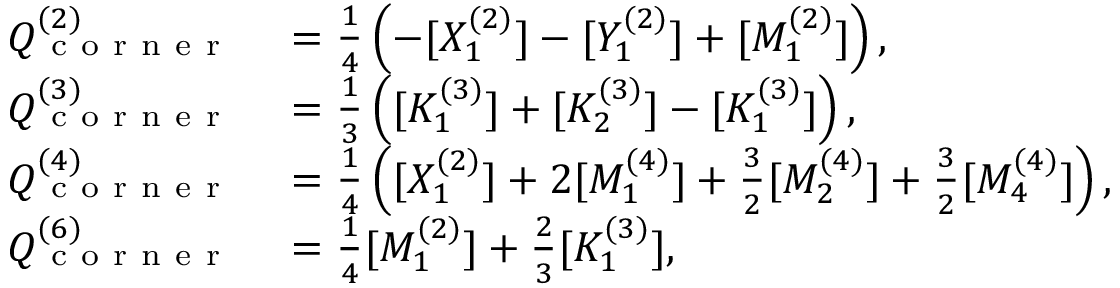
\begin{array} { r l } { Q _ { \mathrm { ~ c ~ o ~ r ~ n ~ e ~ r ~ } } ^ { ( 2 ) } } & { { } = \frac { 1 } { 4 } \left( - [ X _ { 1 } ^ { ( 2 ) } ] - [ Y _ { 1 } ^ { ( 2 ) } ] + [ M _ { 1 } ^ { ( 2 ) } ] \right) , } \\ { Q _ { \mathrm { ~ c ~ o ~ r ~ n ~ e ~ r ~ } } ^ { ( 3 ) } } & { { } = \frac { 1 } { 3 } \left( [ K _ { 1 } ^ { ( 3 ) } ] + [ K _ { 2 } ^ { ( 3 ) } ] - [ K _ { 1 } ^ { ( 3 ) } ] \right) , } \\ { Q _ { \mathrm { ~ c ~ o ~ r ~ n ~ e ~ r ~ } } ^ { ( 4 ) } } & { { } = \frac { 1 } { 4 } \left( [ X _ { 1 } ^ { ( 2 ) } ] + 2 [ M _ { 1 } ^ { ( 4 ) } ] + \frac { 3 } { 2 } [ M _ { 2 } ^ { ( 4 ) } ] + \frac { 3 } { 2 } [ M _ { 4 } ^ { ( 4 ) } ] \right) , } \\ { Q _ { \mathrm { ~ c ~ o ~ r ~ n ~ e ~ r ~ } } ^ { ( 6 ) } } & { { } = \frac { 1 } { 4 } [ M _ { 1 } ^ { ( 2 ) } ] + \frac { 2 } { 3 } [ K _ { 1 } ^ { ( 3 ) } ] , } \end{array}